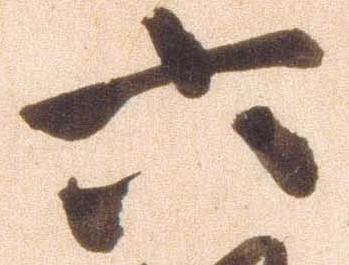
六